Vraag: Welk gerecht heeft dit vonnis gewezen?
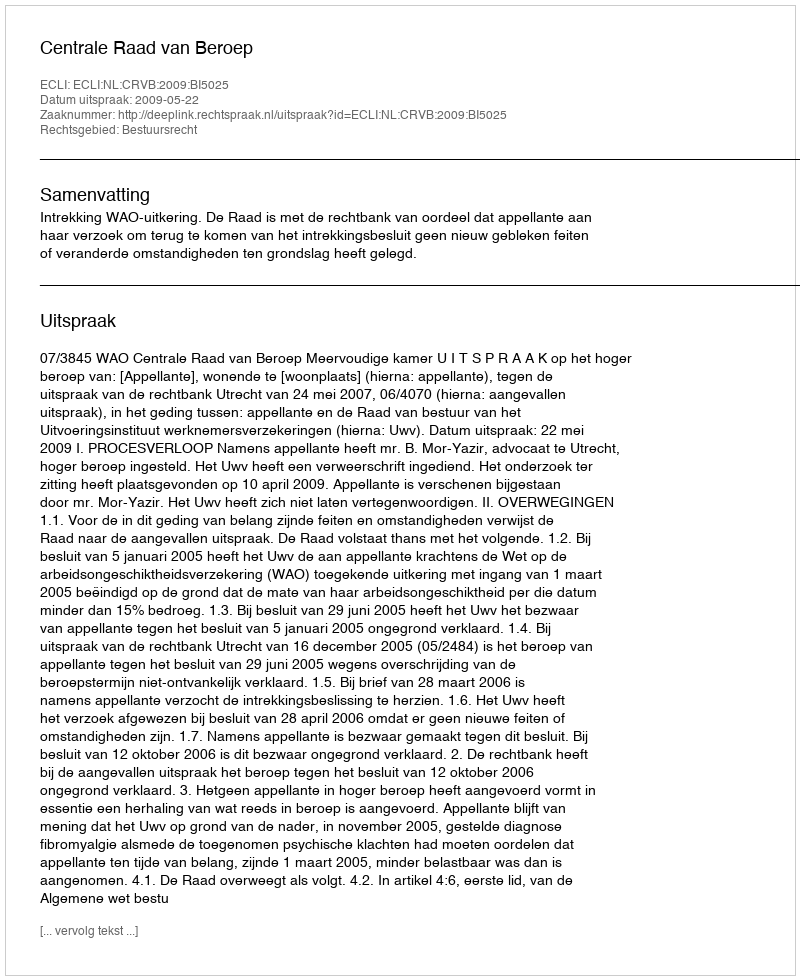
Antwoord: Centrale Raad van Beroep